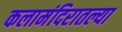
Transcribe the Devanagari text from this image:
कलामंदिरातल्या